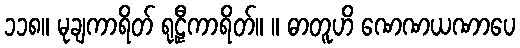
၁၁၈။ မုချကာရိတ် ရုဠှီကာရိတ်။ ။ ဓာတူဟိ ဏေဏယဏာပေ